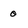
Character: 0